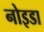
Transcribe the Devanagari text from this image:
नोइडा